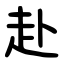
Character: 赴